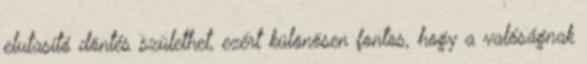
elutasító döntés születhet, ezért különösen fontos, hogy a valóságnak